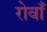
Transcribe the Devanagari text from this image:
रोवाँ